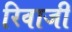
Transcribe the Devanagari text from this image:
रिवाजी